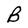
Character: B